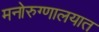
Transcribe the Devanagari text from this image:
मनोरुग्णालयात